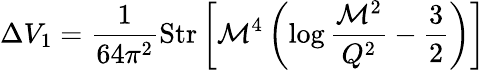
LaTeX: \Delta{V_{1}}=\frac{1}{64{\pi^{2}}}\mathrm{Str}\left[{\cal M}^{4}\left(\log{\frac{{\cal M}^{2}}{Q^{2}}}-\frac{3}{2}\right)\right]